Mustjala_vallavalitsus, lk 35
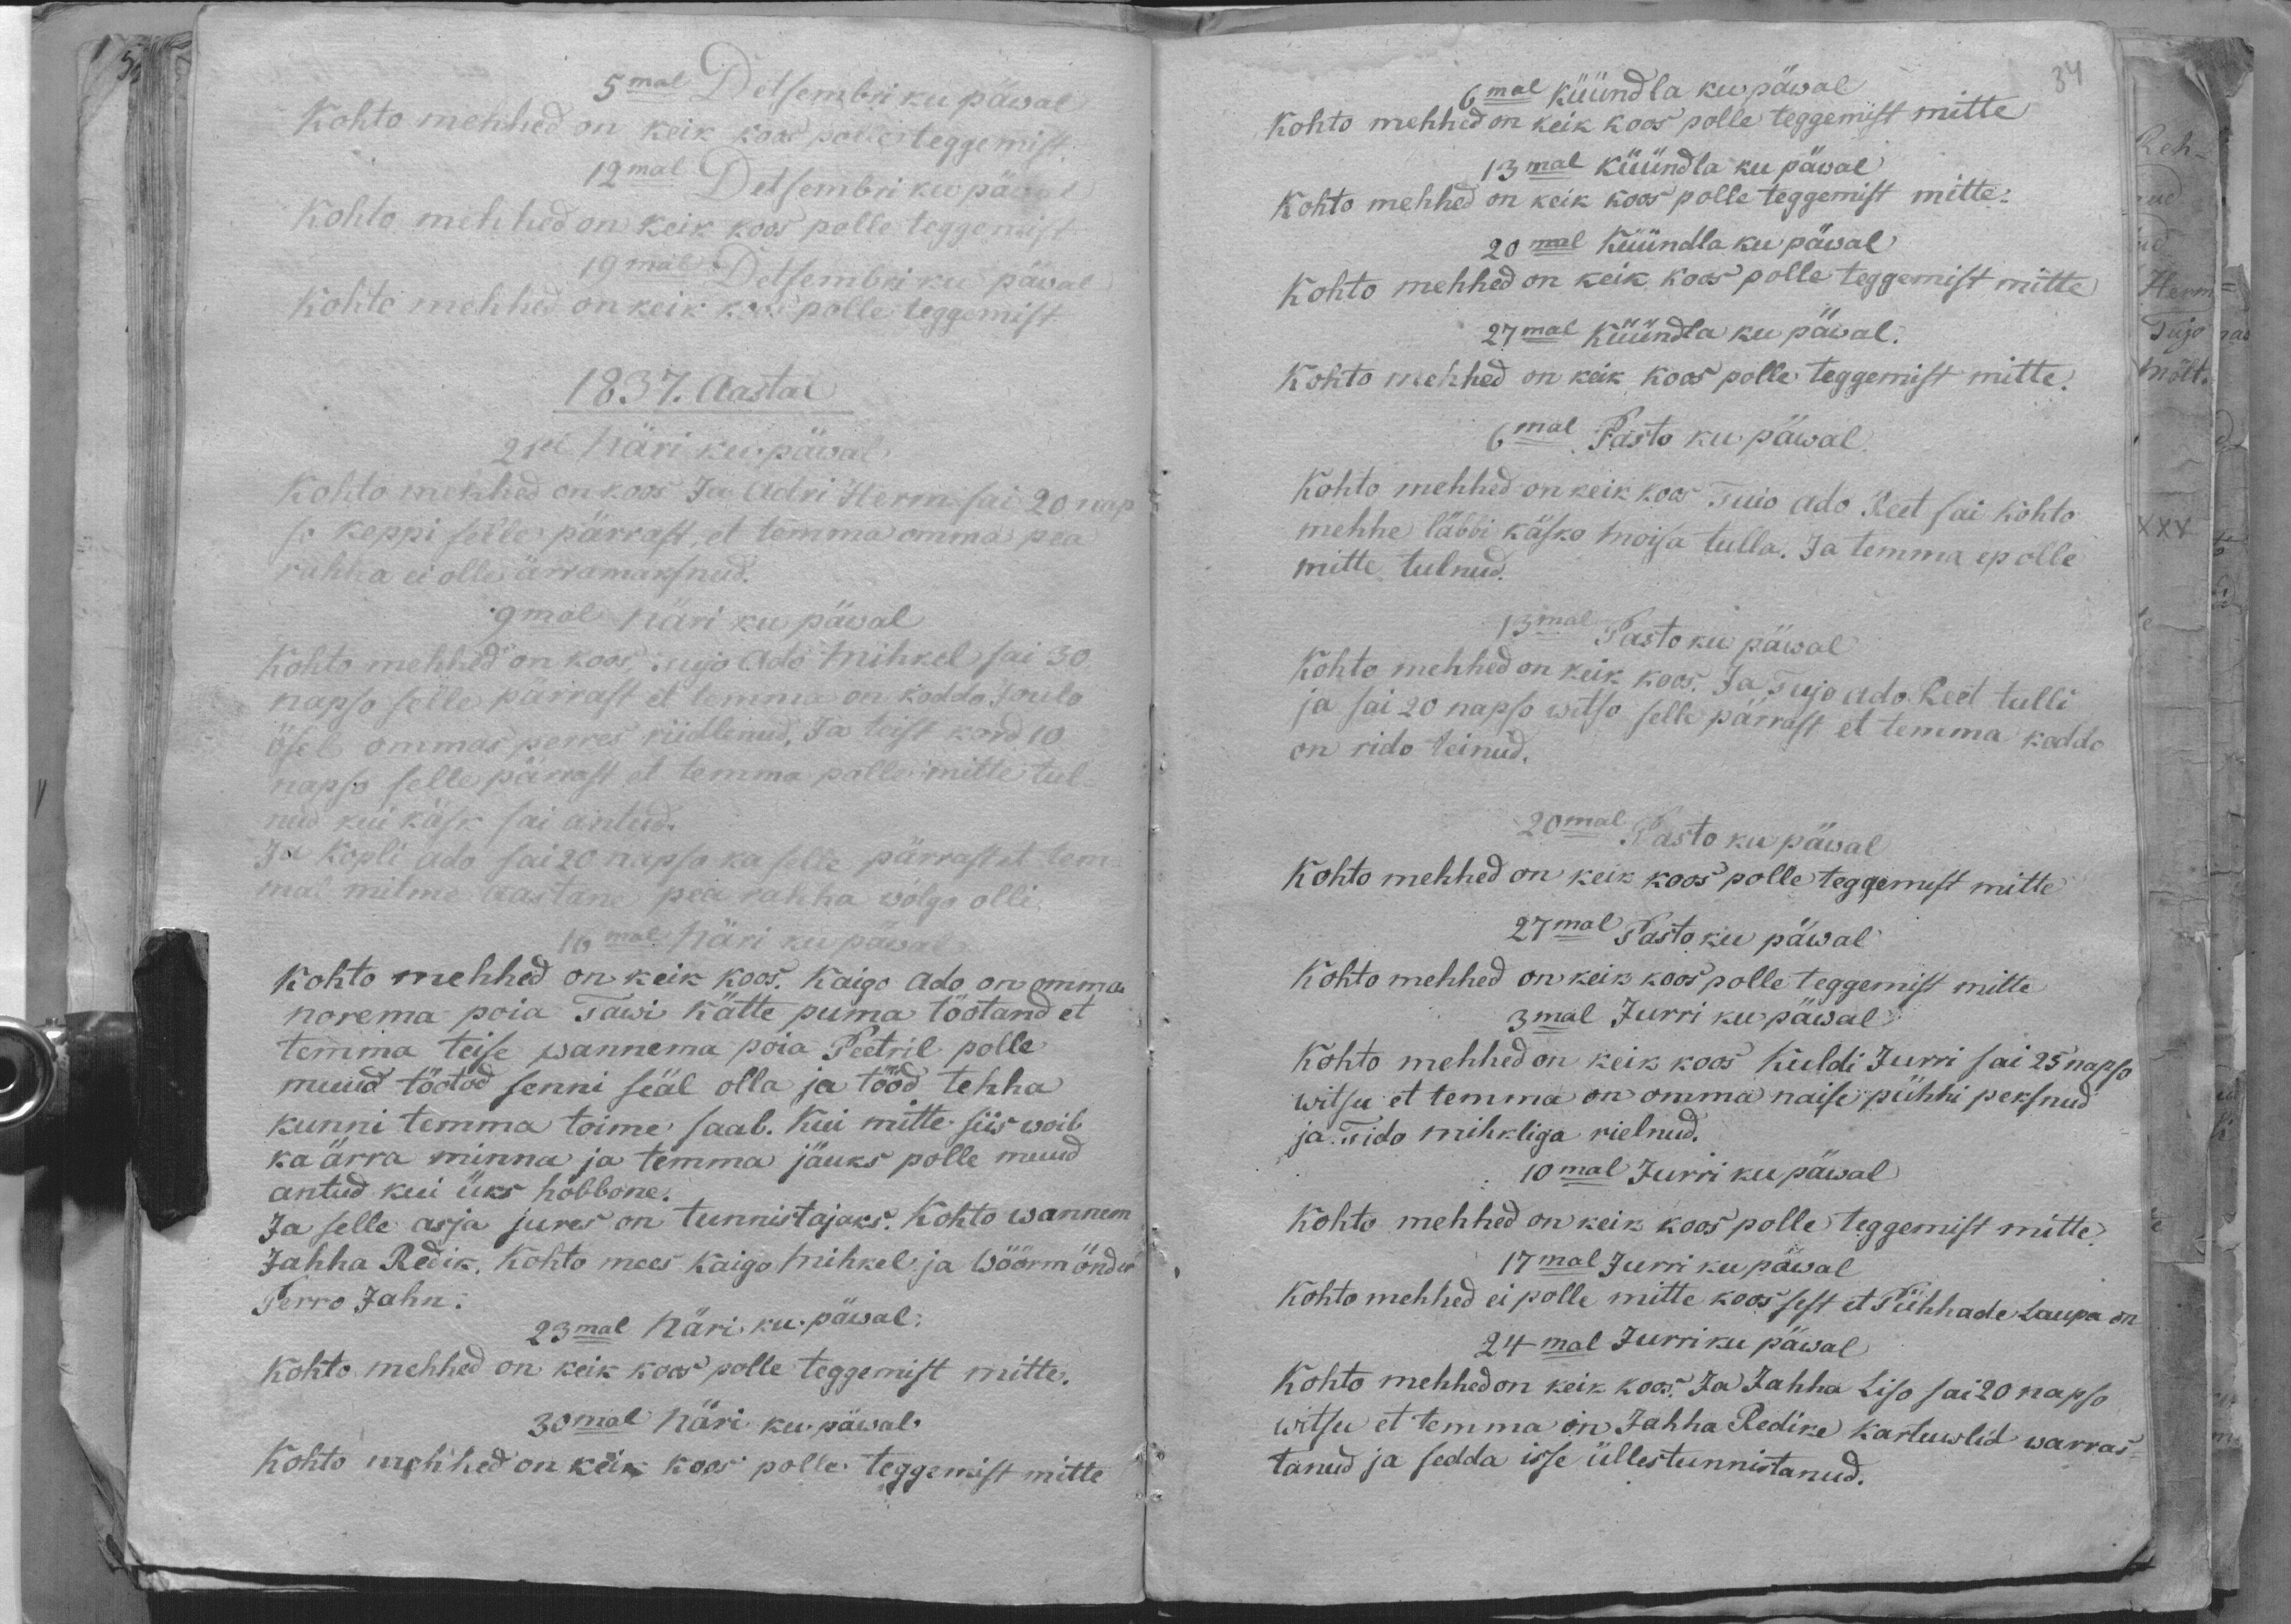
5mal Detsembri ku päwal
Kohto mehhed on keik kord polle teggemist:
12mal Detsembri ku päwal
Kohto mehhed on keik koos polle teggemist
19mal Detsembri ku päwal
kohto mehhed on keik koos polle teggimist
1837. Aastal
2sel Näri ku päwal
Kohto mehhed on koos Ja adri Hermsai 20 nap
so keppi selle pärrast, et temma omma pea
rahha ei olle ärramaksnud.
9mal näri ku päwal
Kohto mehhed on koos, kujo Ado Mihkel sai 30
napso selle pärrast et temma on koddo Joulo
ösel ommas perres riidlenud, ja teist kord 10
napso selle pärrast, et temma polle mitte tul-
nud kui käsk sai antud.
Ja Kopli Ado sai 20 napsa ka selle pärrast et tem
ma mitme aastane pea rahha wõlgo olli.
16mal Näri ku päwal
Kohto mehhed on keik koos. Kaigo Ado on omma
norema poia Tawi kätte puma töotand et
temma teise wannema poia Peetril polle
muud töotod senni sääl olla ja tööd tehha
kunni temma toime saab. Kui mitte siis woib
ka ärra minna ja temma jäuks polle muud
antud kui üks hobbone.
Ja selle asja jures on tunnistajaks. Kohto wannem
Jahha Redik, kohto mees kaigo Mihkel ja Wöörmönder
Perro Jahn.
23mal Näri ku päwal.
kohto mehhed on keik koos polle teggemist mitte.
30mal Näri ku päwal.
Kohto mahhed on kõik koos polle teggemist mitte

6mal küündla ku päwal
kohto mehhed on keik koos polle teggemist mitte
13mal küündla ku päwal
Kohto mehhed on keik koos polle teggemist mitte:
20mal Küündla ku päwal
Kohto mehhed on keik koos polle teggemist mitte
27mal Küündla ku päwal.
Kohto mehhed on keik koos polle teggemist mitte.
6mal Pasto ku päwal
Kohto mehhed on keik koos. Tuio Ado Reet sai kohto
mehhe läbbi käsko moisa tulla. Ja temma ep olle
mitte tulnud.
13mal Pasto ku päwal
Kohto mehhed on keik koos. Ja Tujo Ado Reet tulli
ja sai 20 napso witso selle pärrast et temma koddo
on rido teinud.
20mal Pasto ku päwal
Kohto mehhed on keik koos polle teggemist mitte
27mal Pastoku päwal.
Kohto mehhed on keik koos polle teggemist mitte
3mal Jurri ku päwal
Kohto mehhed on keik koos Kuldi Jurri sai 25 napso.
witsu et temma on omma naise pühhi peksnud
ja Tido mihkliga rielnud.
10mal Jurri ku päwal
kohto mehhed on keik koos polle teggemist mitte.
17mal Jurri ku päwal
Kohto mehhed ei polle mitte koos sest et Pühhade Laupa on
24mal Jurri ku päwal
Kohto mehhed on keik koos, Ja Jahha Liso sai 20 napso
witsu et temma on Jahha Redike kartuwlid warras-
tanud ja sedda isse üllestunnistanud.